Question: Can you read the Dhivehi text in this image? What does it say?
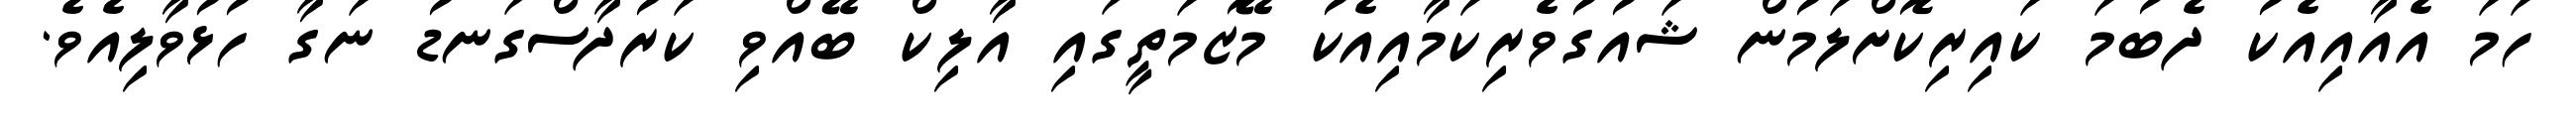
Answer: ހަމަ އެއާއިއެކު ދެބުމަ ކައިރިކޮށްލަމުން ޝައުގުވެރިކަމާއިއެކު މޭޒުމަތީގައި އާލިކް ބޭއްވި ކަރުދާސްގަނޑު ނަގާ ހުޅުވާލިއެވެ.